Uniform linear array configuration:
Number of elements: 12
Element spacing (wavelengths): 0.5
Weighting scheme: exponential
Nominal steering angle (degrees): -30
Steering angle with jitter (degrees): -28.297
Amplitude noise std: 0.05
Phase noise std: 0.05

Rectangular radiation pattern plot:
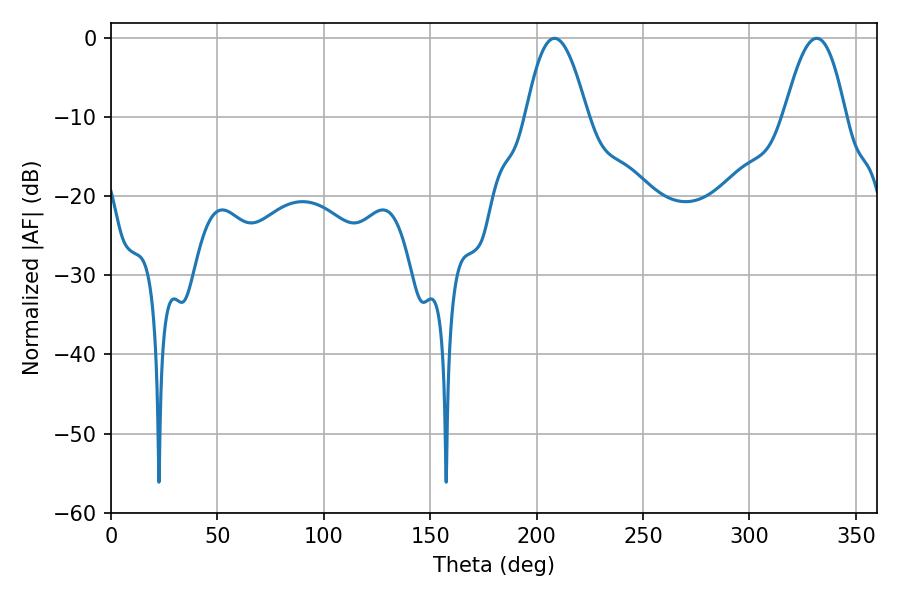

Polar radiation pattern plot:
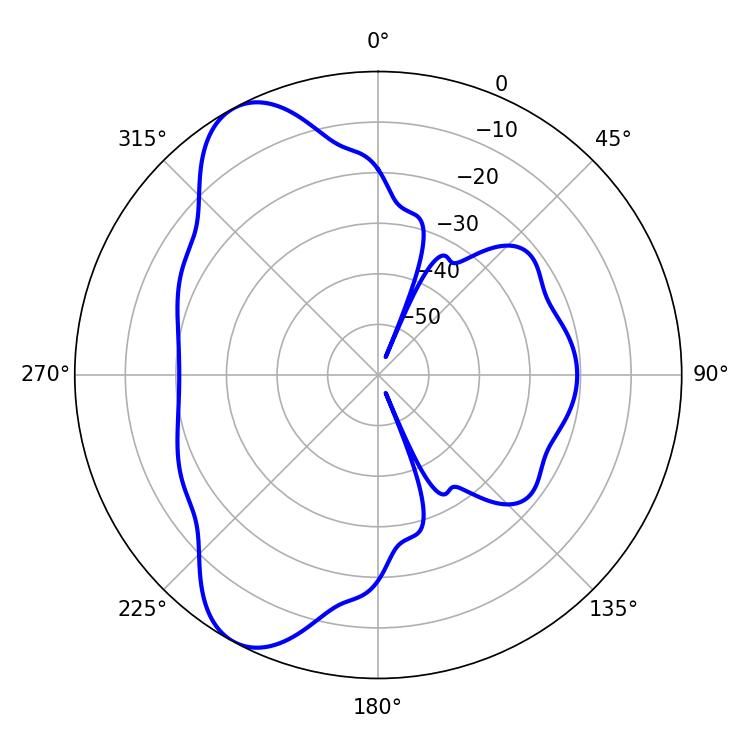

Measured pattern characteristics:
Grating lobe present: FALSE
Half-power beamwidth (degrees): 15.66
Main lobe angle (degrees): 331.56